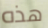
هذه